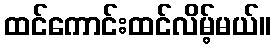
ထင်ကောင်းထင်လိမ့်မယ်။